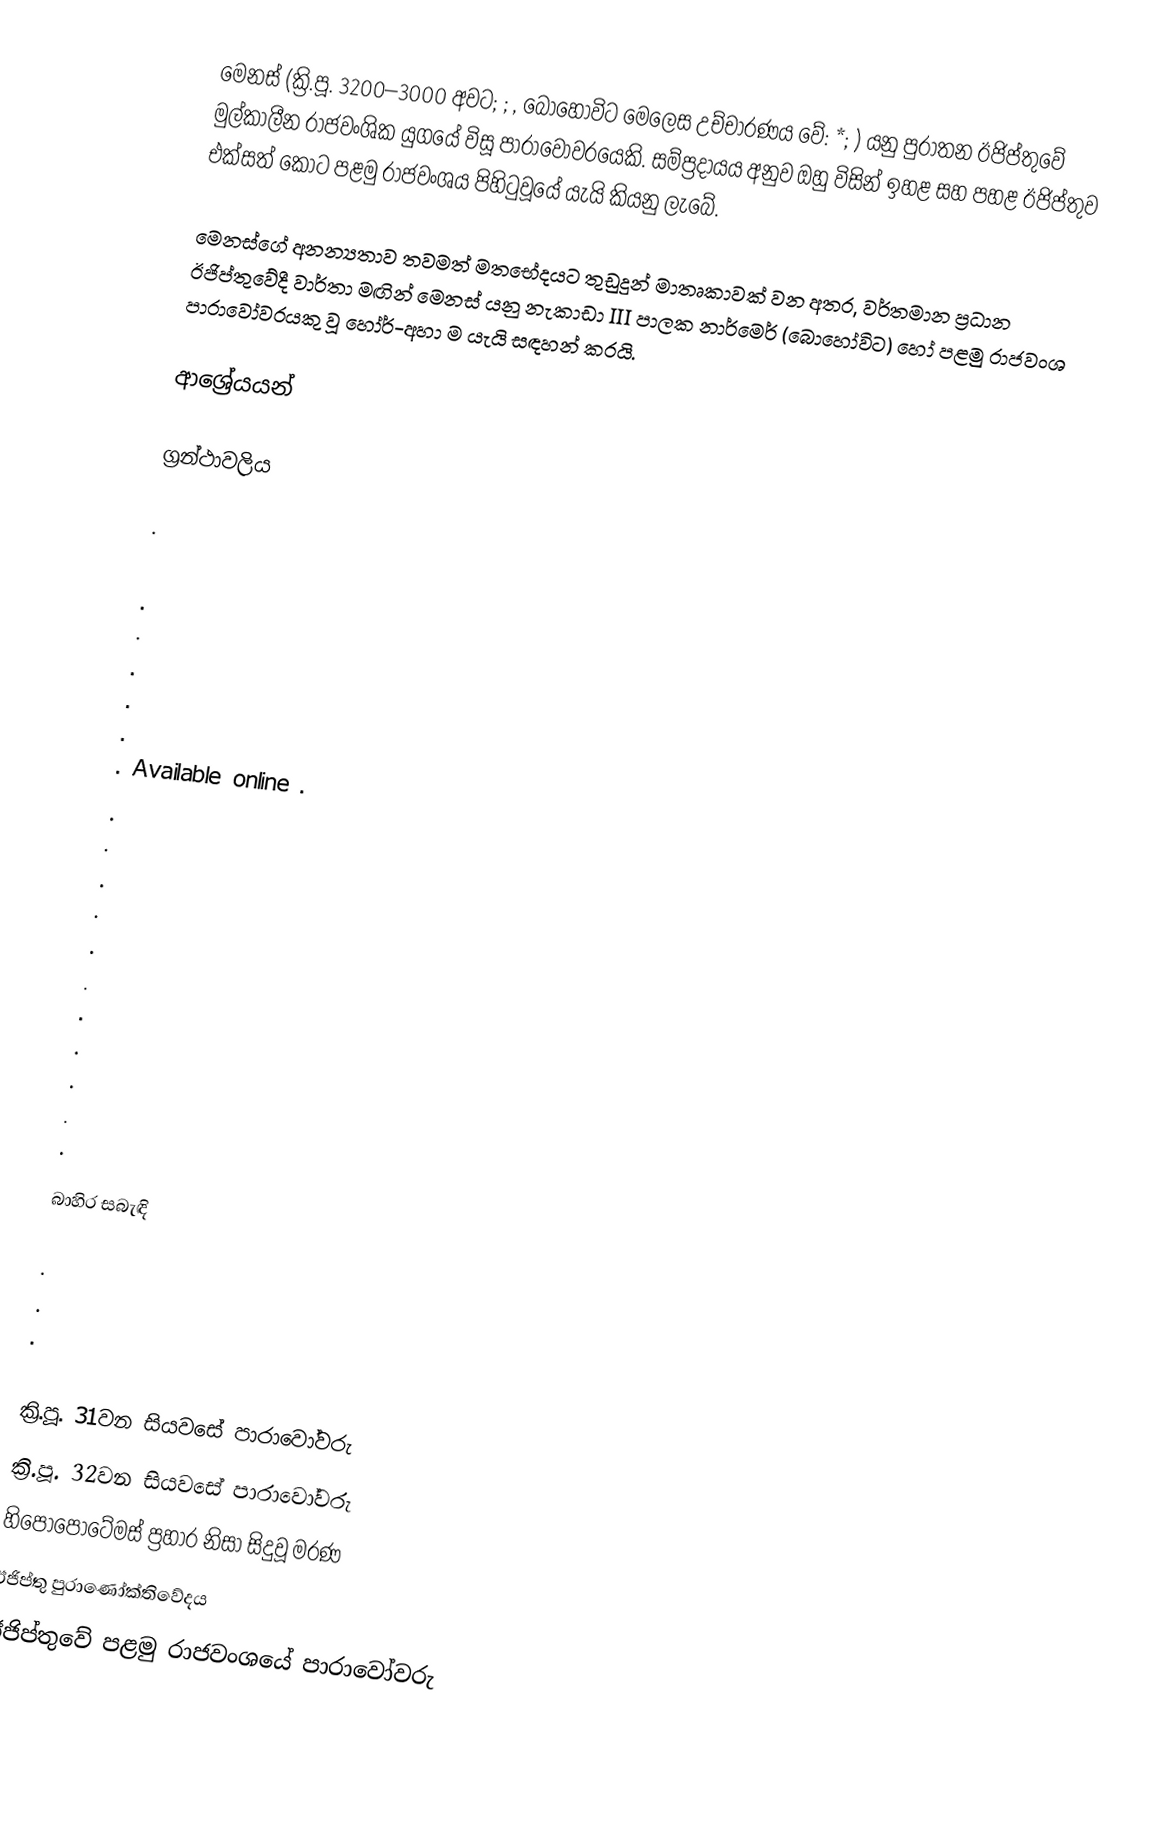
මෙනස් (ක්‍රි.පූ. 3200–3000 අවට; ; , බොහෝවිට මෙලෙස උච්චාරණය වේ: *; ) යනු පුරාතන ඊජිප්තුවේ මුල්කාලීන රාජවංශික යුගයේ විසූ පාරාවෝවරයෙකි.  සම්ප්‍රදායය අනුව ඔහු විසින් ඉහළ සහ පහළ ඊජිප්තුව එක්සත් කොට පළමු රාජවංශය පිහිටුවූයේ යැයි කියනු ලැබේ.

මෙනස්ගේ අනන්‍යතාව තවමත් මතභේදයට තුඩුදුන් මාතෘකාවක් වන අතර, වර්තමාන ප්‍රධාන ඊජිප්තුවේදී වාර්තා මඟින් මෙනස් යනු නැකාඩා III පාලක නාර්මෙර් (බොහෝවිට) හෝ පළමු රාජවංශ පාරාවෝවරයකු වූ හෝර්-අහා ම යැයි සඳහන් කරයි.

ආශ්‍රේයයන්

ග්‍රන්ථාවලිය

 .

 .
 .
 .
 .
 .
 . Available online .
.
 .
.
.
 .
 .
 .
 .
 .
 .
 .

බාහිර සබැඳි

 .
 .
 .

ක්‍රි.පූ. 31වන සියවසේ පාරාවෝවරු
ක්‍රි.පූ. 32වන සියවසේ පාරාවෝවරු
හිපොපොටේමස් ප්‍රහාර නිසා සිදුවූ මරණ
ඊජිප්තු පුරාණෝක්තිවේදය
ඊජිප්තුවේ පළමු රාජවංශයේ පාරාවෝවරු